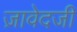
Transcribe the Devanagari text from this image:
ज़ावेदजी